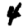
Digit: 4